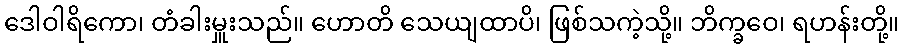
ဒေါဝါရိကော၊ တံခါးမှူးသည်။ ဟောတိ သေယျထာပိ၊ ဖြစ်သကဲ့သို့။ ဘိက္ခဝေ၊ ရဟန်းတို့။